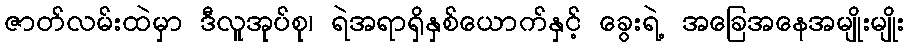
ဇာတ်လမ်းထဲမှာ ဒီလူအုပ်စု၊ ရဲအရာရှိနှစ်ယောက်နှင့် ခွေးရဲ့ အခြေအနေအမျိုးမျိုး